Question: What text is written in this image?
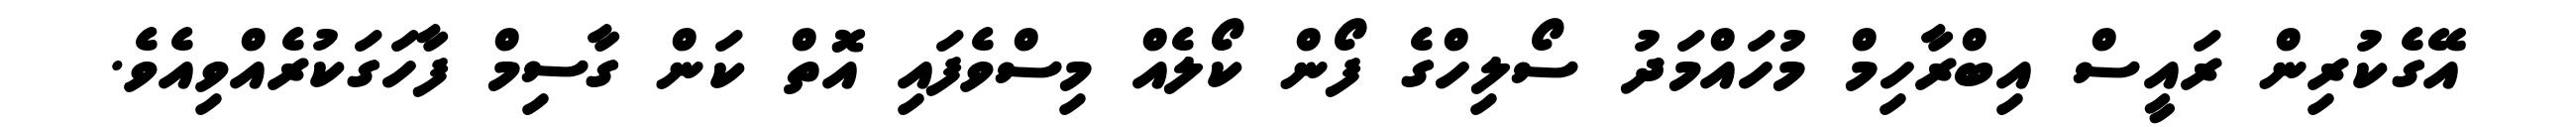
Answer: އޭގެކުރިން ރައީސް އިބްރާހިމް މުހައްމަދު ސޯލިހްގެ ފޯން ކޯލެއް މިސްވެފައި އޮތް ކަން ގާސިމް ފާހަގަކުރެއްވިއެވެ.